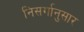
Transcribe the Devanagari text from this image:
निसर्गानुसार